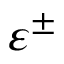
\varepsilon ^ { \pm }